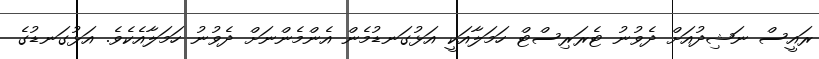
ރައީސް ނަޝިދުއަށް ދެވުނު ޓެރަރިސްޓް ހަމަލާއަކީ އަޅުގަނޑުމެން އެންމެންނަށް ދެވުނު ހަމަލާއެކެވެ. އަޅުގަނޑުގެ